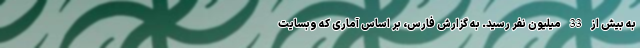
به بیش از 33 میلیون نفر رسید. به گزارش فارس، بر اساس آماری که وبسایت